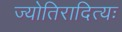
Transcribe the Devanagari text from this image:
ज्योतिरादित्यः